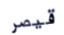
قيصر